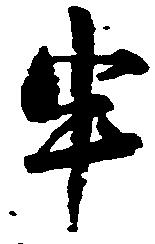
申